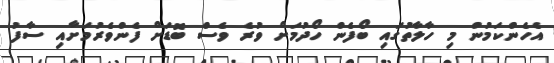
އެހެންކަމުން މި ހާލާތުގައި ބޯފެން ހޯދުމަށް ވުރެ ވެސް ބޮޑަށް ފެންވެރުމަށާއި ސާފު